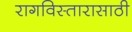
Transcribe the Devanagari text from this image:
रागविस्तारासाठी